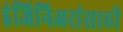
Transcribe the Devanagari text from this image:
इंजिनिअरांसाठी